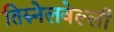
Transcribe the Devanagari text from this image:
तिरुनेलवेल्ली